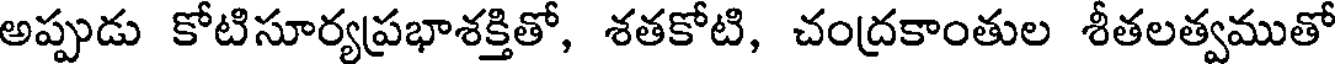
అప్పుడు కోటిసూర్యప్రభాశక్తితో, శతకోటి, చంద్రకాంతుల శీతలత్వముతో